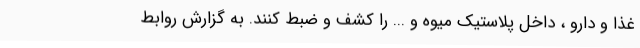
غذا و دارو ، داخل پلاستیک میوه و ... را کشف و ضبط کنند. به گزارش روابط